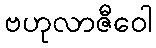
ဗဟုလာဇီဝေါ